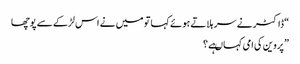
“ ڈاکٹر نے سر ہلاتے ہوئے کہا تو میں نے اس لڑکے سے پوچھا
”پروین کی امی کہاںہے ؟